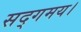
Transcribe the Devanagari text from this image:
सद्गमय।